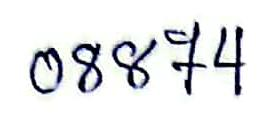
08874